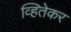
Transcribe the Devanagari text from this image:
व्हितेकर